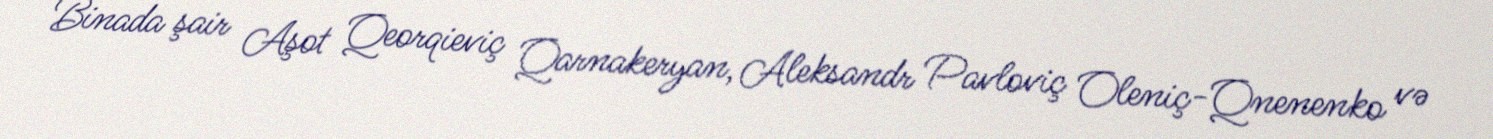
Binada şair Aşot Qeorqieviç Qarnakeryan, Aleksandr Pavloviç Oleniç-Qnenenko və